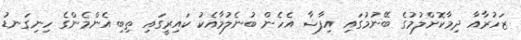
ޒަހުރާއާ ދިމާކޮށްލުމުގެ ބޭނުމުގައި އިފާޝާ އެހެން ބުނެލުމާއެކު ކައިރީގައި ތިބި އެންމެންގެ ހިނިގަނޑު